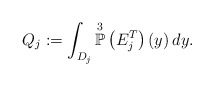
\begin{align*}Q_j:=\int_{D_{j}}\overset{3}{\mathbb{P}}\left(E^T_j\right)(y)\,dy.\end{align*}